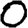
Digit: 0